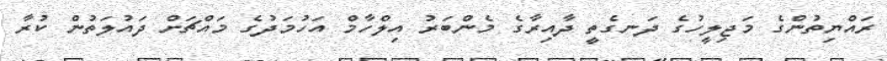
ރައްޔިތުންގެ މަޖިލީހުގެ ދަނގެތީ ދާއިރާގެ މެންބަރު އިލްހާމް އަހުމަދުގެ މައްޗަށް ދައުލަތުން ކުރާ